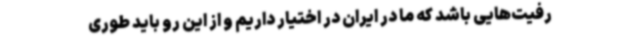
رفیت‌هایی باشد که ما در ایران در اختیار داریم و از این رو باید طوری